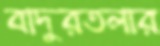
বাদুরতলার